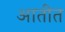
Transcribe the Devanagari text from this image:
आतीत